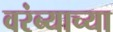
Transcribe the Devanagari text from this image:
वरंब्याच्या